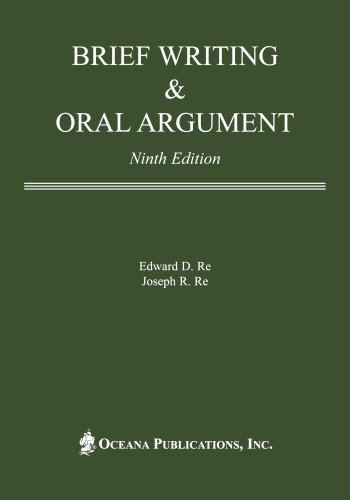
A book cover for Brief Writing and Oral Argument; Edward D. Re; Law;